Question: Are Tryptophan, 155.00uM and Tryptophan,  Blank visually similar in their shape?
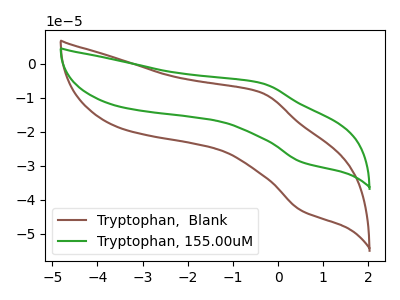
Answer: <think>The brown curve "Tryptophan,  Blank" has an anodic peak at (-0.35V, -8.55uA) and a cathodic peak at (0.50V, -43.20uA). The green curve "Tryptophan, 155.00uM" has an anodic peak at (-0.35V, -5.70uA) and a cathodic peak at (0.50V, -28.90uA).
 All the peaks in "Tryptophan, 155.00uM" have a peak in "Tryptophan,  Blank" at the same potential.</think>
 <answer>"Tryptophan, 155.00uM" and "Tryptophan,  Blank" are similar in shape.</answer>
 <eval>same_shape</eval>